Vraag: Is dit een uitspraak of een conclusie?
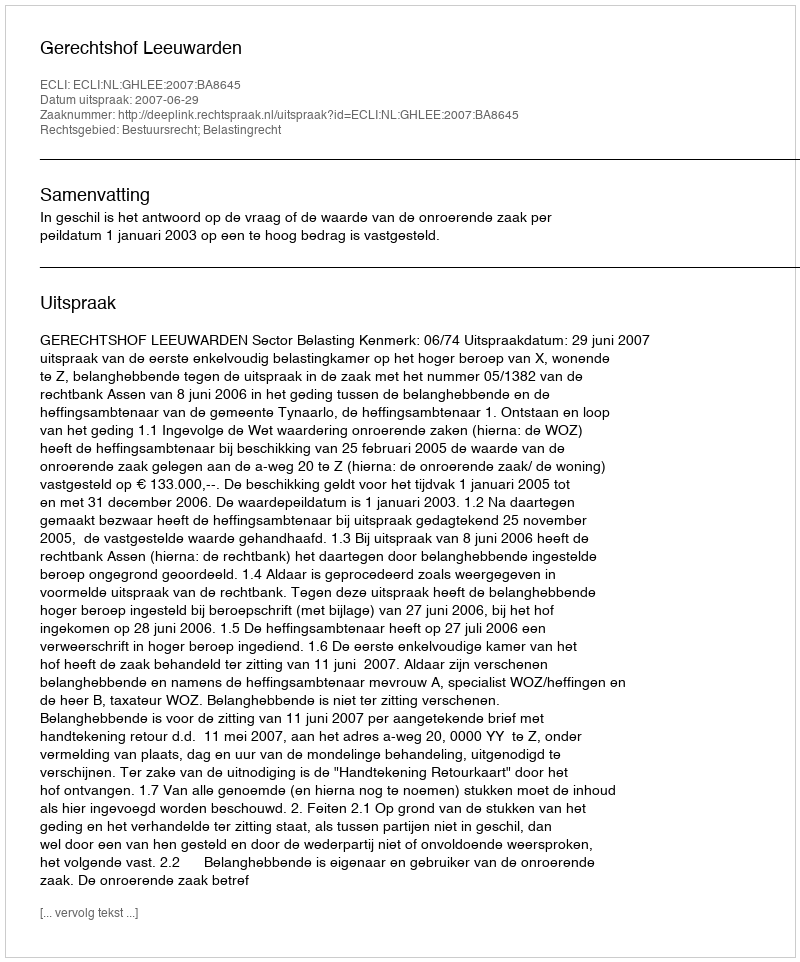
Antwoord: Uitspraak